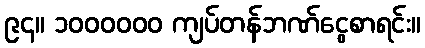
၉၄။ ၁၀၀၀၀၀၀ ကျပ်တန်ဘဏ်ငွေစာရင်း။